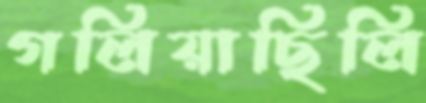
গলিয়াছিলি